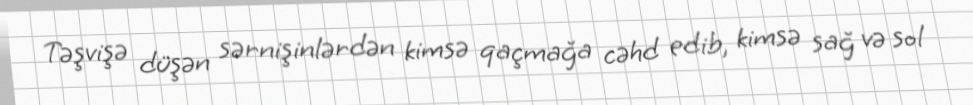
Təşvişə düşən sərnişinlərdən kimsə qaçmağa cəhd edib, kimsə sağ və sol